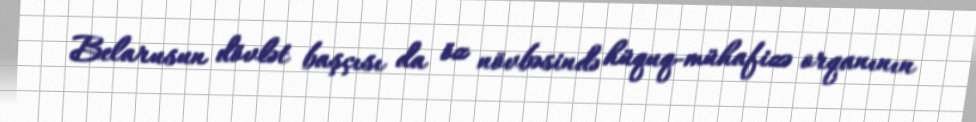
Belarusun dövlət başçısı da öz növbəsində hüquq-mühafizə orqanının